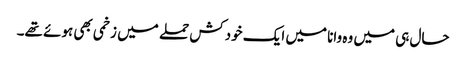
حال ہی میں وہ وانا میں ایک خودکش حملے میں زخمی بھی ہوئے تھے۔